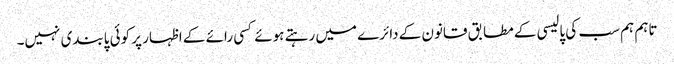
تاہم ہم سب کی پالیسی کے مطابق قانون کے دائرے میں رہتے ہوئے کسی رائے کے اظہار پر کوئی پابندی نہیں۔